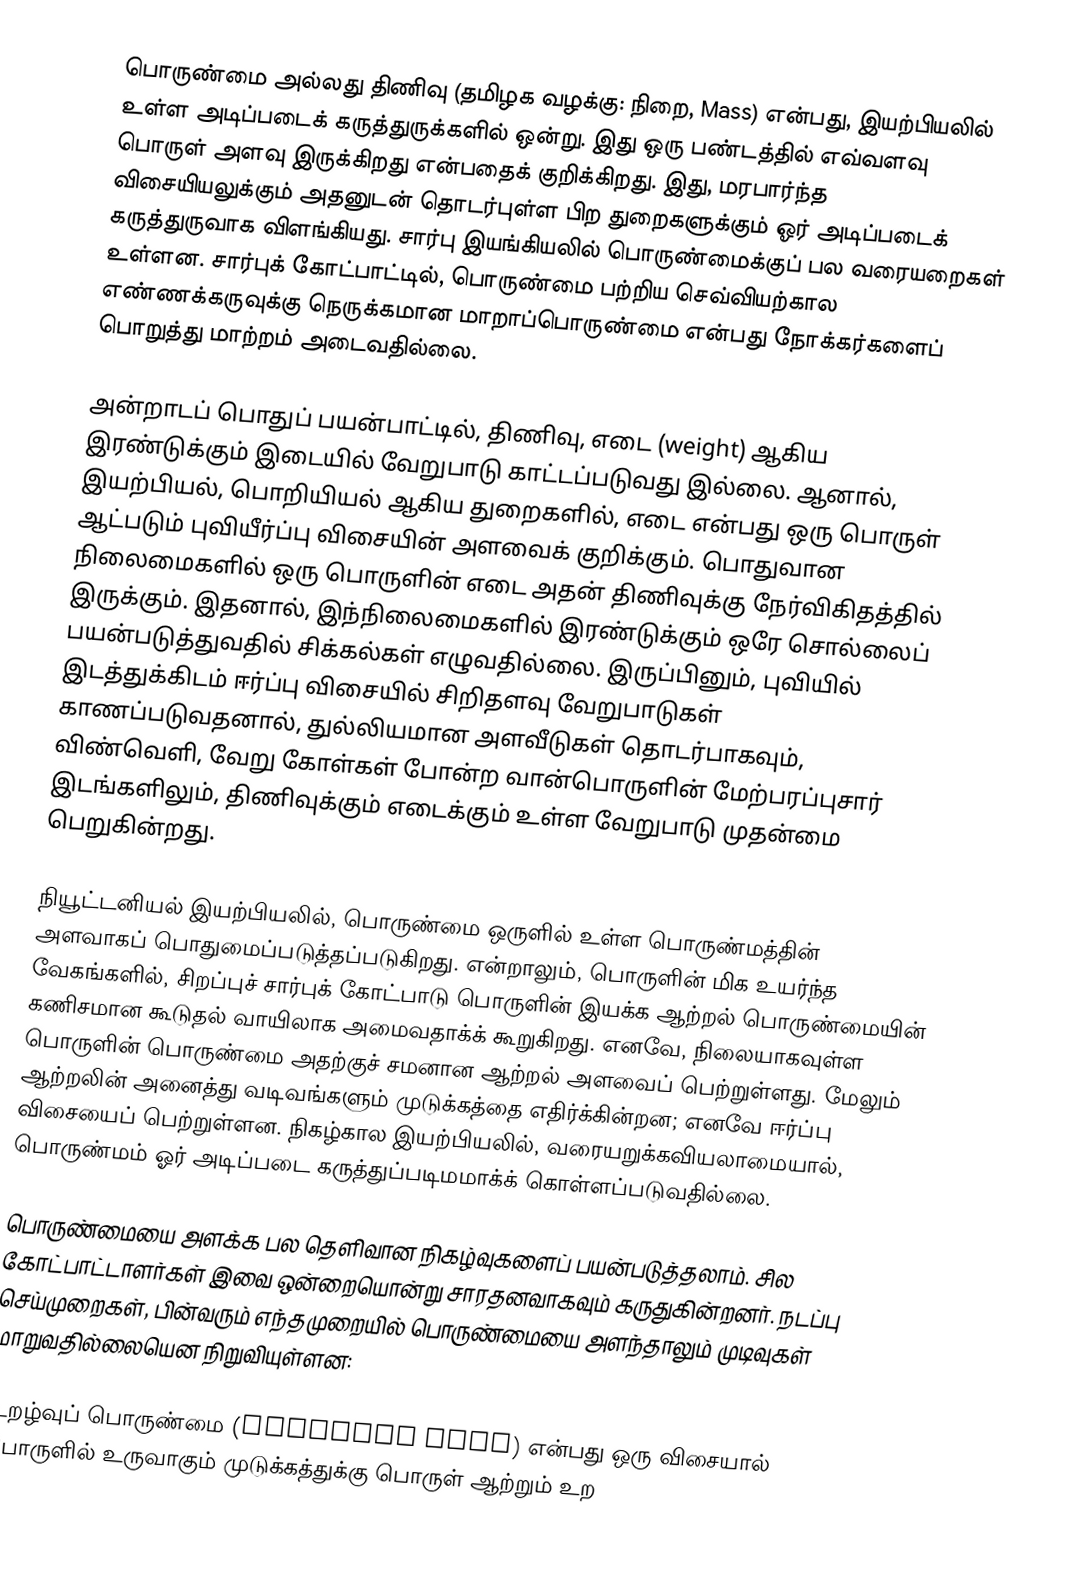
பொருண்மை அல்லது திணிவு (தமிழக வழக்கு: நிறை, Mass) என்பது, இயற்பியலில் உள்ள அடிப்படைக் கருத்துருக்களில் ஒன்று. இது ஒரு பண்டத்தில் எவ்வளவு பொருள் அளவு இருக்கிறது என்பதைக் குறிக்கிறது. இது, மரபார்ந்த விசையியலுக்கும் அதனுடன் தொடர்புள்ள பிற துறைகளுக்கும் ஓர் அடிப்படைக் கருத்துருவாக விளங்கியது. சார்பு இயங்கியலில் பொருண்மைக்குப் பல வரையறைகள் உள்ளன. சார்புக் கோட்பாட்டில், பொருண்மை பற்றிய செவ்வியற்கால எண்ணக்கருவுக்கு நெருக்கமான மாறாப்பொருண்மை என்பது நோக்கர்களைப் பொறுத்து மாற்றம் அடைவதில்லை.

அன்றாடப் பொதுப் பயன்பாட்டில், திணிவு, எடை (weight) ஆகிய இரண்டுக்கும் இடையில் வேறுபாடு காட்டப்படுவது இல்லை. ஆனால், இயற்பியல், பொறியியல் ஆகிய துறைகளில், எடை என்பது ஒரு பொருள் ஆட்படும் புவியீர்ப்பு விசையின் அளவைக் குறிக்கும். பொதுவான நிலைமைகளில் ஒரு பொருளின் எடை அதன் திணிவுக்கு நேர்விகிதத்தில் இருக்கும். இதனால், இந்நிலைமைகளில் இரண்டுக்கும் ஒரே சொல்லைப் பயன்படுத்துவதில் சிக்கல்கள் எழுவதில்லை. இருப்பினும், புவியில் இடத்துக்கிடம் ஈர்ப்பு விசையில் சிறிதளவு வேறுபாடுகள் காணப்படுவதனால், துல்லியமான அளவீடுகள் தொடர்பாகவும், விண்வெளி, வேறு கோள்கள் போன்ற வான்பொருளின் மேற்பரப்புசார் இடங்களிலும், திணிவுக்கும் எடைக்கும் உள்ள வேறுபாடு முதன்மை பெறுகின்றது.

நியூட்டனியல் இயற்பியலில், பொருண்மை ஒருளில் உள்ள பொருண்மத்தின் அளவாகப் பொதுமைப்படுத்தப்படுகிறது. என்றாலும், பொருளின் மிக உயர்ந்த வேகங்களில், சிறப்புச் சார்புக் கோட்பாடு பொருளின் இயக்க ஆற்றல் பொருண்மையின் கணிசமான கூடுதல் வாயிலாக அமைவதாக்க் கூறுகிறது. எனவே, நிலையாகவுள்ள பொருளின் பொருண்மை அதற்குச் சமனான ஆற்றல் அளவைப் பெற்றுள்ளது. மேலும் ஆற்றலின் அனைத்து வடிவங்களும் முடுக்கத்தை எதிர்க்கின்றன; எனவே ஈர்ப்பு விசையைப் பெற்றுள்ளன. நிகழ்கால இயற்பியலில், வரையறுக்கவியலாமையால், பொருண்மம் ஓர் அடிப்படை கருத்துப்படிமமாக்க் கொள்ளப்படுவதில்லை.

பொருண்மையை அளக்க பல தெளிவான நிகழ்வுகளைப் பயன்படுத்தலாம். சில கோட்பாட்டாளர்கள் இவை ஒன்றையொன்று சாரதனவாகவும் கருதுகின்றனர். நடப்பு செய்முறைகள், பின்வரும் எந்தமுறையில் பொருண்மையை அளந்தாலும் முடிவுகள் மாறுவதில்லையென நிறுவியுள்ளன:

 உறழ்வுப் பொருண்மை (Inertial mass) என்பது ஒரு விசையால் பொருளில் உருவாகும் முடுக்கத்துக்கு பொருள் ஆற்றும் உற